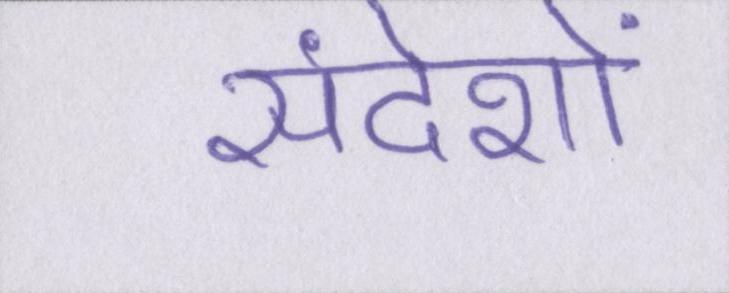
संदेशों